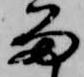
留